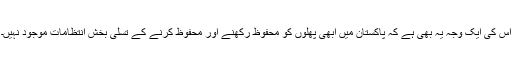
اس کی ایک وجہ یہ بھی ہے کہ پاکستان میں ابھی پھلوں کو محفوظ رکھنے اور محفوظ کرنے کے تسلی بخش انتظامات موجود نہیں۔